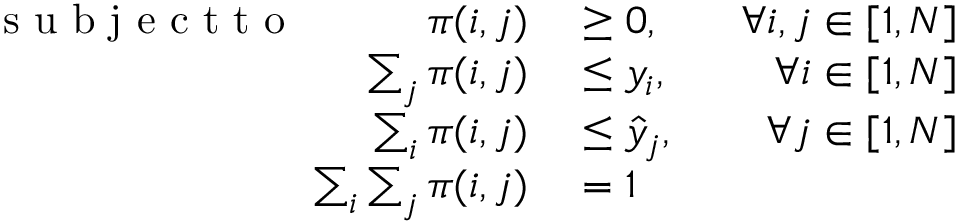
\begin{array} { r l r } { \mathrm { ~ s ~ u ~ b ~ j ~ e ~ c ~ t ~ t ~ o ~ } ~ ~ ~ ~ ~ ~ ~ ~ ~ \pi ( i , j ) } & { { } \geq 0 , ~ ~ ~ } & { \forall i , j \in [ 1 , N ] } \\ { \sum _ { j } \pi ( i , j ) } & { { } \leq y _ { i } , ~ ~ } & { \forall i \in [ 1 , N ] } \\ { \sum _ { i } \pi ( i , j ) } & { { } \leq \hat { y } _ { j } , ~ ~ } & { \forall j \in [ 1 , N ] } \\ { \sum _ { i } \sum _ { j } \pi ( i , j ) } & { { } = 1 ~ ~ } & { } \end{array}